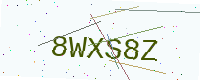
Text: 8WXS8Z